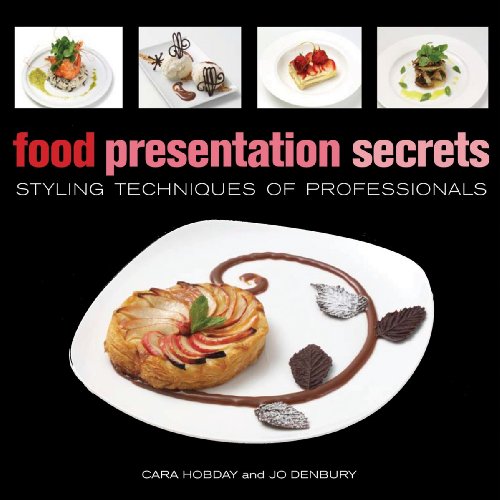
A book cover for Food Presentation Secrets: Styling Techniques of Professionals; Cara Hobday; Cookbooks, Food & Wine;